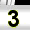
Digit: 3